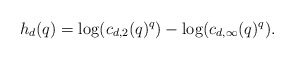
\begin{align*}h_d(q) = \log(c_{d,2}(q)^q)-\log(c_{d,\infty}(q)^q).\end{align*}